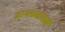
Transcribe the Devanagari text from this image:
ग्रामस्थांकडे